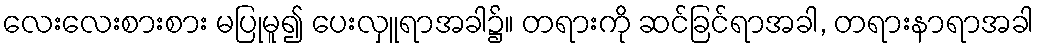
လေးလေးစားစား မပြုမူ၍ ပေးလှူရာအခါ၌။ တရားကို ဆင်ခြင်ရာအခါ, တရားနာရာအခါ